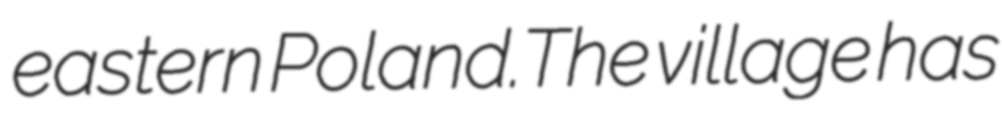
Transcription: eastern Poland.The village has